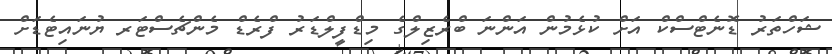
ޝަހްތަރު ޑޮނެޓްސްކް އަށް ކުޅެމުން އަންނަ ބްރެޒިލްގެ މިޑްފީލްޑަރު ފްރެޑް މެންޗެސްޓަރ ޔުނައިޓެޑަށް